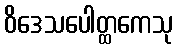
ဝိဒေသပေါတ္ထကေသု